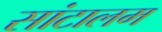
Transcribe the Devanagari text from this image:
सांटालम